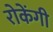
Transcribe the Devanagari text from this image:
रोकेंगी